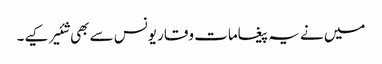
میں نے یہ پیغامات وقار یونس سے بھی شئیر کیے۔